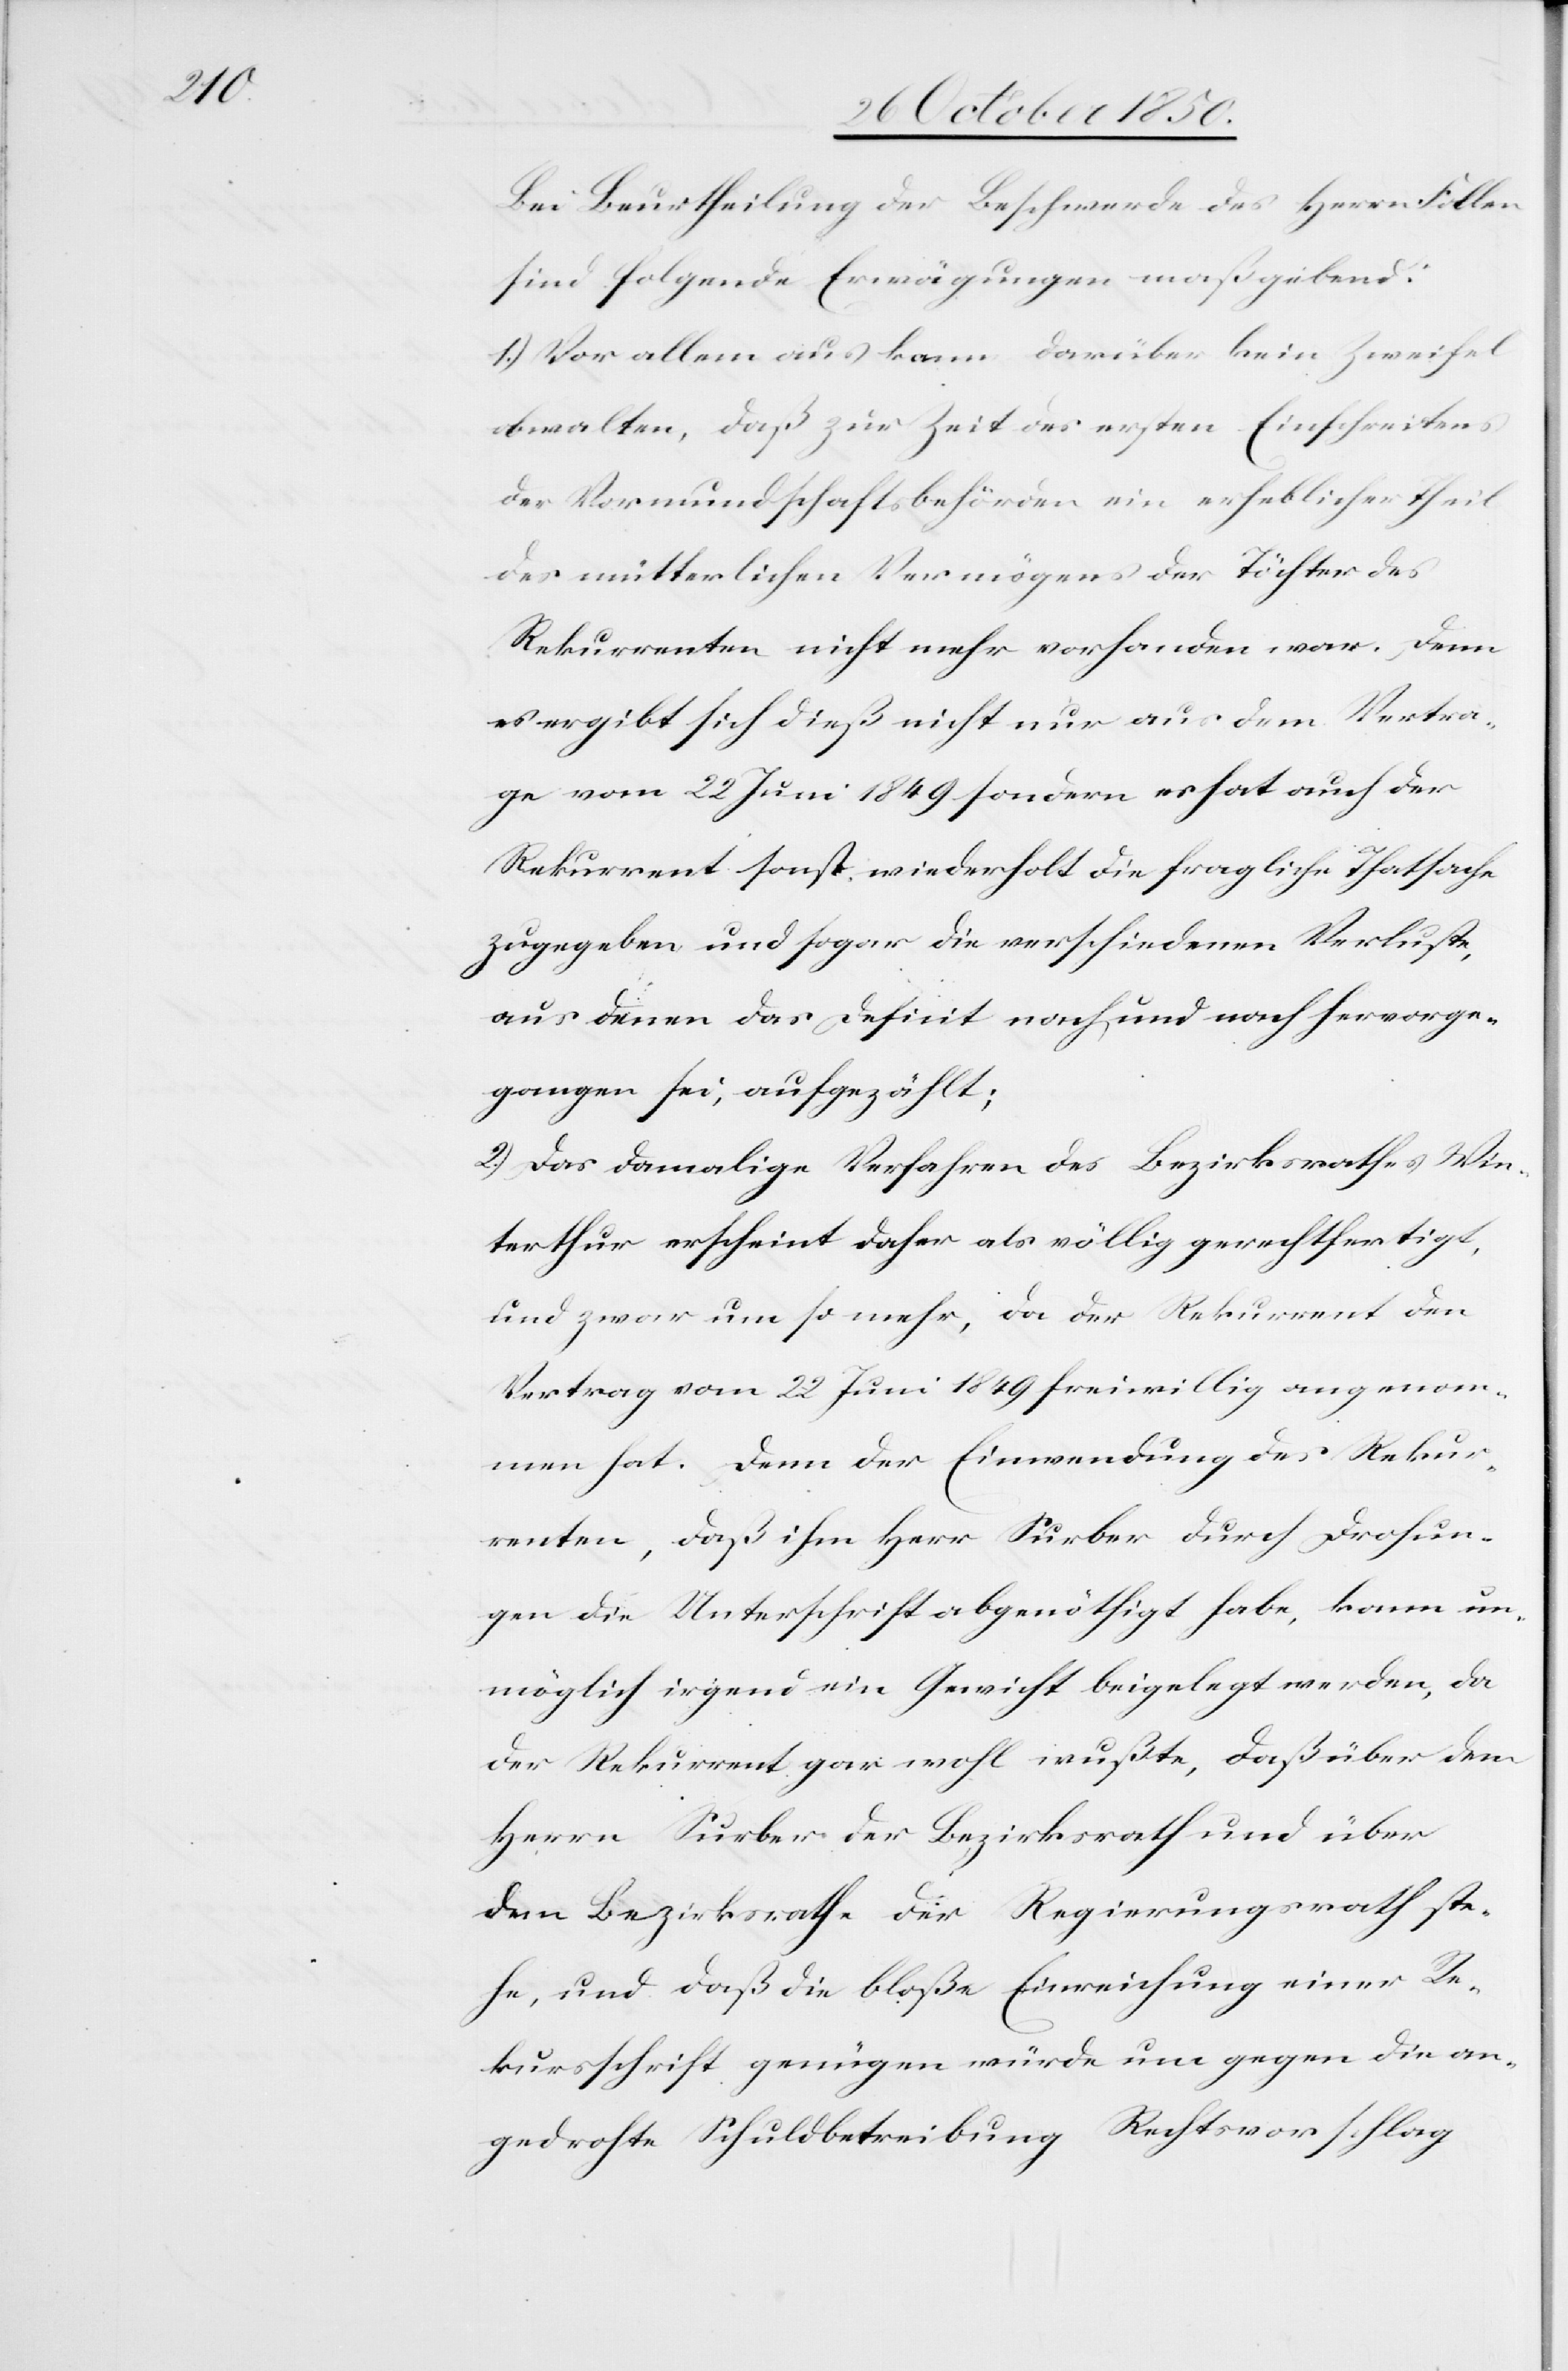
Bei Beurtheilung der Beschwerde des Herrn Follen
sind folgende Erwägungen maßgebend:
1.) Vor allem aus kann darüber kein Zweifel
obwalten, daß zur Zeit des ersten Einschreitens
der Vormundschaftsbehörden ein erheblicher Theil
des mütterlichen Vermögens der Töchter des
Rekurrenten nicht mehr vorhanden war. Denn
es ergibt sich dieß nicht nur aus dem Vertra¬
ge vom 22 Juni 1849 sondern es hat auch der
Rekurrent sonst wiederholt die fragliche Thatsache
zugegeben und sogar die verschiedenen Verluste,
aus denen das Deficit nach und nach hervorge¬
gangen sei, aufgezählt;
2.) Das damalige Verfahren des Bezirksrathes Win¬
terthur erscheint daher als völlig gerechtfertigt,
und zwar um so mehr, da der Rekurrent den
Vertrag vom 22 Juni 1849 freiwillig angenom¬
men hat. Denn der Einwendung des Rekur¬
renten, daß ihm Herr Surber durch Drohun¬
gen die Unterschrift abgenöthigt habe, kann un¬
möglich irgend ein Gewicht beigelegt werden, da
der Rekurrent gar wohl wußte, daß über dem
Herrn Surber der Bezirksrath und über
dem Bezirksrathe der Regierungsrath ste¬
he, und daß die bloße Einreichung einer Re¬
kursschrift genügen würde um gegen die an¬
gedrohte Schuldbetreibung Rechtsvorschlag